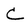
Character: C